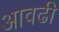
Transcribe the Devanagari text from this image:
आवढी